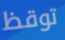
توقظ